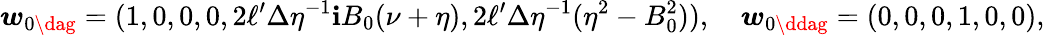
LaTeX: \boldsymbol{w}_{0\dag}=(1,0,0,0,2\ell^{\prime}\Delta\eta^{-1}\mathbf{i}B_{0}(\nu+\eta),2\ell^{\prime}\Delta\eta^{-1}(\eta^{2}-B_{0}^{2})),\quad\boldsymbol{w}_{0\ddag}=(0,0,0,1,0,0),